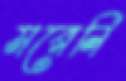
মরেনি